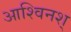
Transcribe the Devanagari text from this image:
आश्विनश्